Annual report on the working of the mental hospitals in the Madras Presidency - 1912-1932
Year: 1912
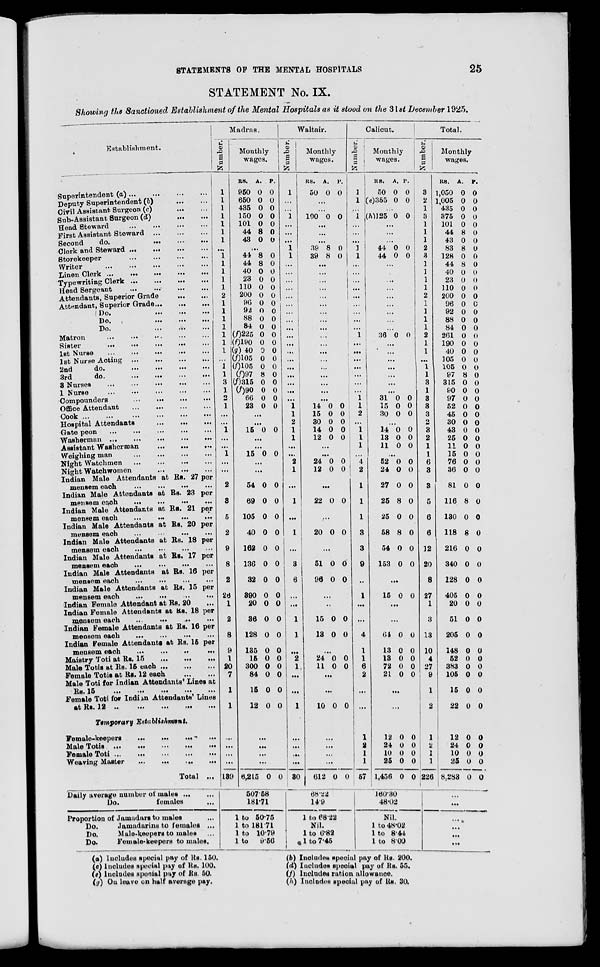
STATEMENTS OF THE MENTAL HOSPITALS
25
STATEMENT No. IX.
Showing the Sanctioned Establishment of the Mental Hospitals as it stood on the 31st December 1925.
Establishment.
Superintendent (a) ... ... ... ...
Deputy Superintendent (b) ... ...
Civil Assistant Surgeon (c)
...
...
Sub- Assistant Surgreon (d)
...
...
Head Steward
...
...
...
...
First Assistant Steward
...
...
...
Second
do.
...
...
...
Clerk and Steward
...
...
...
...
...
Storekeeper ... ... ... ...
Writer ... ... ... ... ... ...
Linen
Clerk
...
...
...
...
...
Typewriting Clerk
...
...
...
...
Head Sergeant
...
...
...
...
Attendants, Superior Grade
...
...
Attendant, Superior Grade
...
...
...
Do.
...
...
...
Do.
...
...
...
Do.
...
...
...
Matron ... ... ... ... ...
Sister
...
...
...
...
1st Nurse ... ... ... ... ...
1st Nurse Acting
...
...
...
...
2nd
do.
...
...
...
...
3rd
do.
...
...
...
...
3 Nurses
...
...
...
...
...
1 Nurse
...
...
...
...
...
Compounders
...
...
...
...
Office Attendant
...
...
...
...
Cook
...
...
...
...
...
...
Hospital Attendants
...
...
...
Gate peon ... ... ... ... ... ...
Washerman
...
...
...
...
...
Assistant Washerman
...
...
...
Weighing man
...
...
...
...
Night Watchmen
...
...
...
...
Night Watchwomen
...
...
...
Indian Male Attendants at Rs. 27 per
mensem each
...
...
...
...
Indian Male Attendants at Rs. 23 per
mensem each
...
...
...
...
Indian Male Attendants at Rs. 21 per
mensem each
...
... ... ...
Indian Male Attendants at Rs. 20 per
mensem each ... ... ... ...
Indian Male Attendants at Rs. 18 per
mensem each
...
...
...
...
Indian Male Attendants at Rs. 17 per
mensem each
...
...
...
Indian Male Attendants at Rs. 16 per
mensem each
... ... ... ...
Indian Male Attendants at Rs. 15 per
mensem each
...
...
...
...
Indian Female Attendant at Rs. 20 ...
Indian Female Attendants at Rs. 18 per
mensem each
...
...
...
...
Indian Female Attendants at Rs. 16 per
mensem each
...
...
...
Indian Female Attendants at Rs. 15 per
mensem each
...
...
..
...
Maistry Toti at Rs. 15
...
...
...
Male Totis at Rs. 15 each
...
...
...
Female Totis at Rs. 12 each
...
...
Male Toti for Indian Attendants' Lines at
Rs. 15
...
...
...
...
...
Female Toti for Indian Attendants' Lines
at Rs. 1
...
...
...
...
...
Temporary
Establisment.
Female-keepers
...
...
...
...
Male Totis ...
... ... ... ...
Female Toti
...
...
...
...
...
Weaving Master
...
...
...
...
...
Total ...
Daily average number of males ... ...
Do.
females ...
Proportion of Jamadars to males ...
Do.
Jamadarins to females ...
Do.
Male-keepers to males ...
Do. Female- keepers to males.
Madras.
Number.
1
1
1
1
1
1
1
...
1
1
1
1
1
2
1
1
1
1
1
1
1
...
1
1
3
1
2
1
...
1
...
...
1
...
...
2
3
5
2
9
8
2
26
1
2
8
9
1
20
7
1
1
...
...
...
...
139
Monthly
wages.
RS.
950
650
435
150
101
44
43
A.
0
0
0
0
0
8
0
P.
0
0
0
0
0
0
0
...
44
44
40
23
110
200
96
92
88
84
(f)225
(f) 190
(g)40
(f)105
(f)105
(f)97
(f) 315
(f)90
66
23
8
8
0
0
0
0
0
0
0
0
0
0
0
0
0
8
0
0
0
0
0
0
0
0
0
0
0
0
0
0
0
0
0
0
0
0
0
0
0
0
...
...
15 0 0
...
...
15 0 0
...
...
54
69
105
40
162
136
32
390
20
36
128
135
15
300
84
15
12
0
0
0
0
0
0
0
0
0
0
0
0
0
0
0
0
0
0
0
0
0
0
0
0
0
0
0
0
0
0
0
0
0
0
...
...
...
...
6,215
0
0
507.58
181.71
1 to 50.75
1 to 181 71
1 to 10.79
1 to
9.56
Waltair.
Number.
1
...
...
1
...
...
...
1
1
...
...
...
...
...
...
...
...
...
...
...
...
...
...
...
...
...
...
1
1
2
1
1
...
...
2
1
...
1
...
1
...
3
6
...
...
1
1
...
2
1
...
...
1
...
...
...
...
30
Monthly
wages.
RS.
50
A.
0
P.
0
...
...
100 0 0
...
...
...
39
39
8
8
0
0
...
...
...
...
...
...
...
...
...
...
...
...
...
...
...
...
...
...
14
15
30
14
12
0
0
0
0
0
0
0
0
0
0
...
...
24
12
0
0
0
0
...
22 0 0
...
20 0 0
...
51
96
0
0
0
0
...
...
15
13
0
0
0
0
...
24
1
0
0
0
0
...
...
10 0 0
...
...
...
...
612 0 0
68.22
14.9
1 to 68.22
Nil.
1 to 6.82
1 to 7.45
Calicut.
Number.
1
1
...
1
...
...
...
1
1
...
...
...
...
...
...
...
...
...
1
...
...
...
...
...
...
...
1
1
2
...
1
1
1
...
4
2
1
1
1
3
3
9
...
1
...
...
4
1
1
6
2
...
...
1
2
1
1
57
Monthly
wages.
RS.
50
(e)355
A.
0
0
P.
0
0
...
(h)125 0 0
...
...
...
44
44
0
0
0
0
...
...
...
...
...
...
...
...
...
36 0 0
...
...
...
...
...
...
...
31
15
30
0
0
0
0
0
0
...
14
13
11
0
0
0
0
0
0
...
52
24
27
25
25
58
54
153
0
0
0
8
0
8
0
0
0
0
0
0
0
0
0
0
...
15 0 0
...
...
64
13
13
72
21
0
0
0
0
0
0
0
0
0
0
...
...
12
24
10
25
1,456
0
0
0
0
0
0
0
0
0
0
160.30
48.02
Nil.
1 to 48.02
1 to 8.44
1 to 8.00
Total.
Number.
3
2
1
3
1
1
1
2
2
1
1
1
1
2
1
1
1
1
2
1
1
...
1
1
3
1
3
3
3
2
3
2
1
1
6
3
3
5
6
6
12
20
8
27
1
3
13
10
4
27
9
1
2
1
2
1
1
226
Monthly
wages.
RS.
1,050
1,005
435
375
101
44
43
83
128
44
40
23
110
200
96
92
88
84
261
190
40
105
105
97
315
90
97
52
45
30
43
25
11
15
76
36
81
116
130
118
216
340
128
405
20
51
205
148
52
383
105
15
22
A.
0
0
0
0
0
8
0
8
0
8
0
0
0
0
0
0
0
0
0
0
0
0
0
8
0
0
0
0
0
0
0
0
0
0
0
0
0
8
0
8
0
0
0
0
0
0
0
0
0
0
0
0
0
P.
0
0
0
0
0
0
0
0
0
0
0
0
0
0
C
0
0
0
0
0
0
0
0
0
0
0
0
0
0
0
0
0
0
0
0
0
0
0
0
0
0
0
0
0
0
0
0
0
0
0
0
0
0
12
24
10
25
8,283
0
0
0
0
0
0
0
0
0
0
...
...
...
...
...
...
(a) Includes special pay of Rs. 150.
(c) Includes special pay of Rs. 100.
(e) Includes special pay of Rs. 50.
(g) On leave on half average pay.
(b) Includes special pay of Rs. 200.
(d) Includes special pay of Rs. 55.
(f) Includes ration allowance.
(h) Includes special pay of Rs. 30.